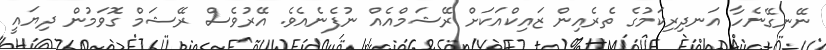
ނޭނގޭނެހާ އަނދިރިކަމުގެ ތެރެއިން ޒައިކްއަކަށް ރޭޝަމްއެއް ނުފެނެއެވެ. އޭރުވެސް ރޭޝަމް ގޮވަމުން ދިޔައީ